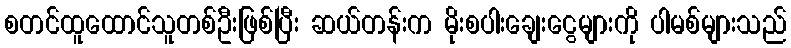
စတင်ထူထောင်သူတစ်ဦးဖြစ်ပြီး ဆယ်တန်းက မိုးစပါးချေးငွေများကို ပါမစ်များသည်